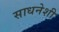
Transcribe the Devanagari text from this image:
साधनेशी